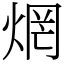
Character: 焹